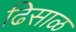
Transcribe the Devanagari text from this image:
ढिसाळ